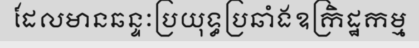
ដែលមានឆន្ទៈប្រយុទ្ធប្រឆាំងឧក្រិដ្ឋកម្ម